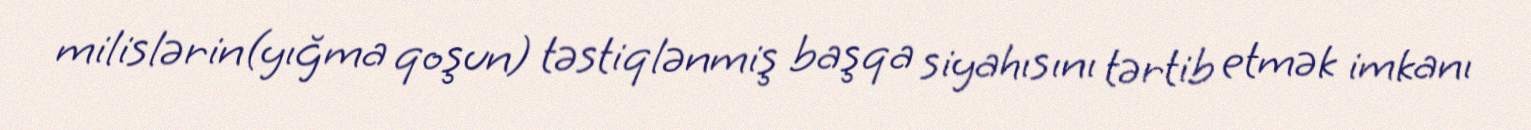
milislərin(yığma qoşun) təstiqlənmiş başqa siyahısını tərtib etmək imkanı